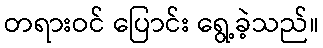
တရားဝင် ပြောင်း ရွေ့ခဲ့သည်။